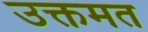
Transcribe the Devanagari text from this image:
उक्तमत